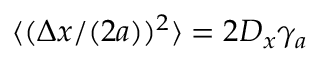
\langle ( \Delta x / ( 2 a ) ) ^ { 2 } \rangle = 2 D _ { x } \gamma _ { a }